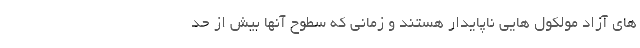
های آزاد مولکول هایی ناپایدار هستند و زمانی که سطوح آنها بیش از حد